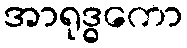
အာရုဒ္ဓကော